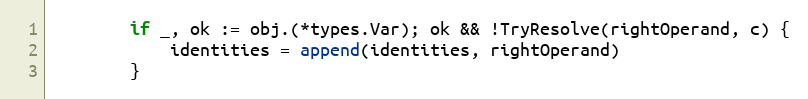
Language: Go
		if _, ok := obj.(*types.Var); ok && !TryResolve(rightOperand, c) {
			identities = append(identities, rightOperand)
		}